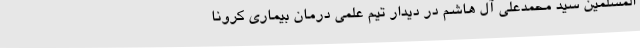
المسلمین سید محمدعلی آل هاشم در دیدار تیم علمی درمان بیماری کرونا